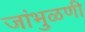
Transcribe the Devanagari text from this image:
जांभुळणी